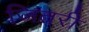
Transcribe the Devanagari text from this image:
जितरी